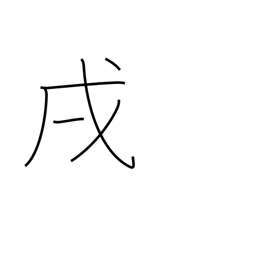
Meaning: 7-9PM